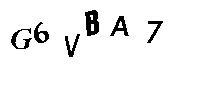
G6VBA7